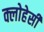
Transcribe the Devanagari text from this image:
क्लोहेसी